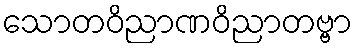
သောတဝိညာဏဝိညာတဗ္ဗာ